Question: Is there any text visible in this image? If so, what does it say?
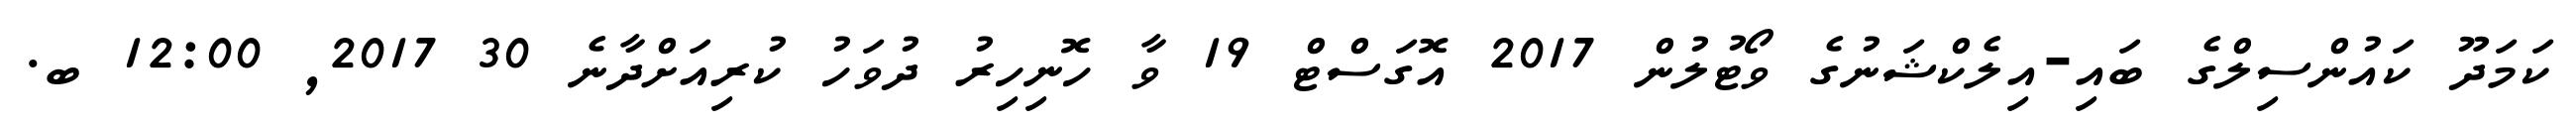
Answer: ކަމަދޫ ކައުންސިލްގެ ބައި-އިލެކްޝަނުގެ ވޯޓުލުން 2017 އޮގަސްޓް 19 ވާ ހޮނިހިރު ދުވަހު ކުރިއަށްދާނެ 30 2017, 12:00 ބ.